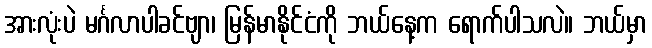
အားလုံးပဲ မင်္ဂလာပါခင်ဗျာ၊ မြန်မာနိုင်ငံကို ဘယ်နေ့က ရောက်ပါသလဲ။ ဘယ်မှာ